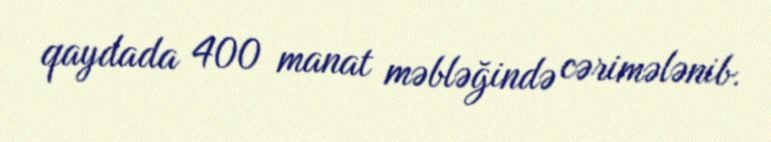
qaydada 400 manat məbləğində cərimələnib.